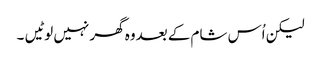
لیکن اُس شام کے بعدوہ گھر نہیں لوٹیں ۔